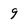
Character: 9